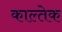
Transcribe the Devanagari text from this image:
काल्तेक